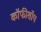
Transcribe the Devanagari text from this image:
कॉफीशॉप